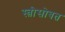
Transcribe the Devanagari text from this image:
स्त्रीसोबत